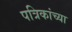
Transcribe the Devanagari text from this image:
पत्रिकांच्या